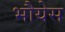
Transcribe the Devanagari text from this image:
भौयेस